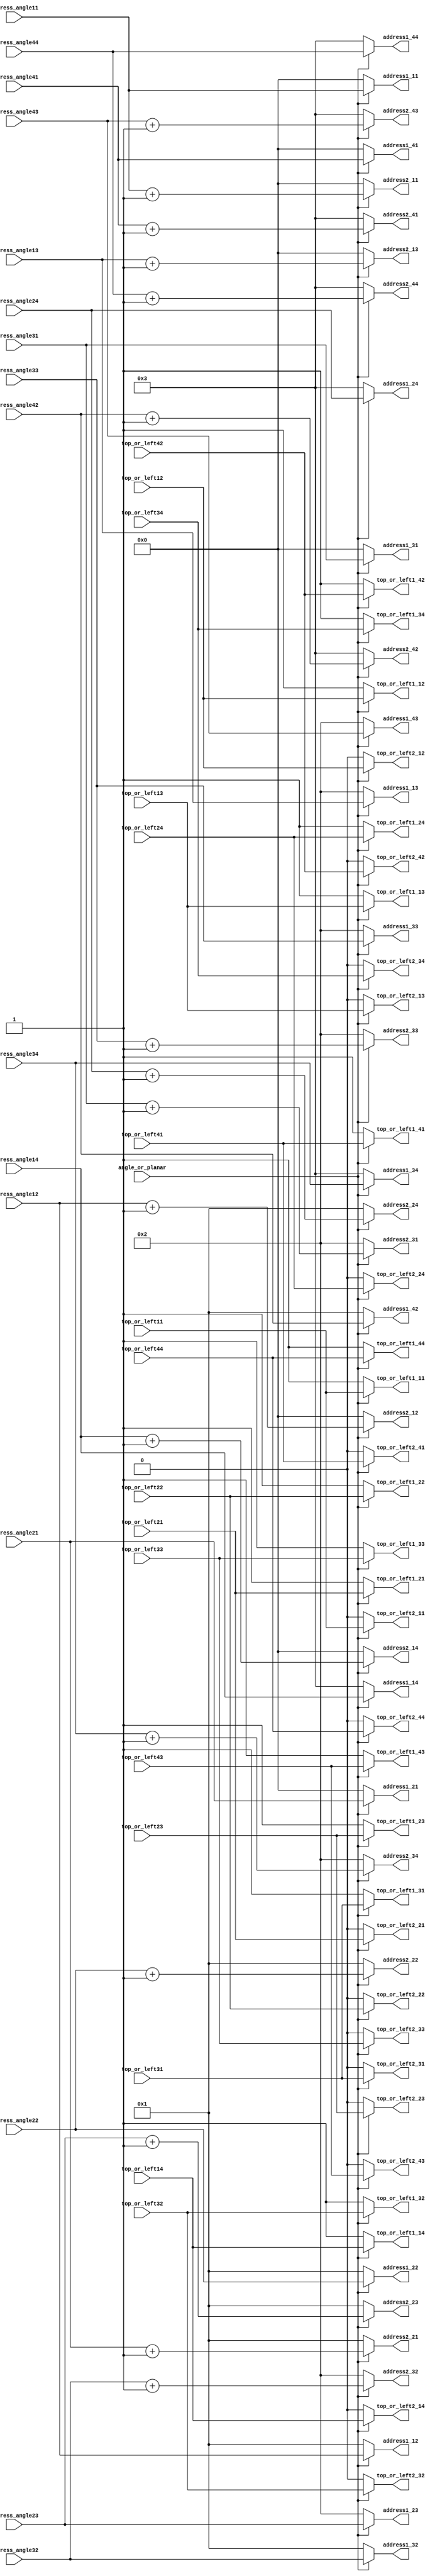
//
//Planar
//
module address_abitrate_R
(
	input angle_or_planar,
	
	input top_or_left11,
	input top_or_left12,
	input top_or_left13,
	input top_or_left14,
	input top_or_left21,
	input top_or_left22,
	input top_or_left23,
	input top_or_left24,
	input top_or_left31,
	input top_or_left32,
	input top_or_left33,
	input top_or_left34,
	input top_or_left41,
	input top_or_left42,
	input top_or_left43,
	input top_or_left44,
	
	input [7:0]	address_angle11,
	input [7:0]	address_angle12,
	input [7:0]	address_angle13,
	input [7:0]	address_angle14,
	input [7:0]	address_angle21,
	input [7:0]	address_angle22,
	input [7:0]	address_angle23,
	input [7:0]	address_angle24,
	input [7:0]	address_angle31,
	input [7:0]	address_angle32,
	input [7:0]	address_angle33,
	input [7:0]	address_angle34,
	input [7:0]	address_angle41,
	input [7:0]	address_angle42,
	input [7:0]	address_angle43,
	input [7:0]	address_angle44,
	
	output reg	top_or_left1_11,
	output reg  top_or_left1_12,
	output reg	top_or_left1_13,
	output reg	top_or_left1_14,
	output reg 	top_or_left1_21,
	output reg 	top_or_left1_22,
	output reg	top_or_left1_23,
	output reg	top_or_left1_24,
	output reg 	top_or_left1_31,
	output reg 	top_or_left1_32,
	output reg	top_or_left1_33,
	output reg	top_or_left1_34,
	output reg	top_or_left1_41,
	output reg	top_or_left1_42,
	output reg	top_or_left1_43,
	output reg	top_or_left1_44,
	
	output reg	top_or_left2_11,
	output reg	top_or_left2_12,
	output reg	top_or_left2_13,
	output reg	top_or_left2_14,
	output reg	top_or_left2_21,
	output reg	top_or_left2_22,
	output reg	top_or_left2_23,
	output reg	top_or_left2_24,
	output reg	top_or_left2_31,
	output reg	top_or_left2_32,
	output reg	top_or_left2_33,
	output reg	top_or_left2_34,
	output reg	top_or_left2_41,
	output reg	top_or_left2_42,
	output reg	top_or_left2_43,
	output reg	top_or_left2_44,
	
	output reg[7:0] address1_11,
	output reg[7:0] address1_12,
	output reg[7:0] address1_13,
	output reg[7:0] address1_14,
	output reg[7:0] address1_21,
	output reg[7:0] address1_22,
	output reg[7:0] address1_23,
	output reg[7:0] address1_24,
	output reg[7:0] address1_31,
	output reg[7:0] address1_32,
	output reg[7:0] address1_33,
	output reg[7:0] address1_34,
	output reg[7:0] address1_41,
	output reg[7:0] address1_42,
	output reg[7:0] address1_43,
	output reg[7:0] address1_44,
	
	output reg[7:0] address2_11,
	output reg[7:0] address2_12,
	output reg[7:0] address2_13,
	output reg[7:0] address2_14,
	output reg[7:0] address2_21,
	output reg[7:0] address2_22,
	output reg[7:0] address2_23,
	output reg[7:0] address2_24,
	output reg[7:0] address2_31,
	output reg[7:0] address2_32,
	output reg[7:0] address2_33,
	output reg[7:0] address2_34,
	output reg[7:0] address2_41,
	output reg[7:0] address2_42,
	output reg[7:0] address2_43,
	output reg[7:0] address2_44
);

	always @(angle_or_planar or
				top_or_left11 or top_or_left12 or top_or_left13 or top_or_left14 or 
				top_or_left21 or top_or_left22 or top_or_left23 or top_or_left24 or
				top_or_left31 or top_or_left32 or top_or_left33 or top_or_left34 or
				top_or_left41 or top_or_left42 or top_or_left43 or top_or_left44 or
				address_angle11 or address_angle12 or address_angle13 or address_angle14 or
				address_angle21 or address_angle22 or address_angle23 or address_angle24 or
				address_angle31 or address_angle32 or address_angle33 or address_angle34 or
				address_angle41 or address_angle42 or address_angle43 or address_angle44)
	begin
		if(angle_or_planar==1'b1)
		begin
			top_or_left1_11 <= top_or_left11;
			top_or_left1_12 <= top_or_left12;
			top_or_left1_13 <= top_or_left13;
			top_or_left1_14 <= top_or_left14;
			top_or_left1_21 <= top_or_left21;
			top_or_left1_22 <= top_or_left22;
			top_or_left1_23 <= top_or_left23;
			top_or_left1_24 <= top_or_left24;
			top_or_left1_31 <= top_or_left31;
			top_or_left1_32 <= top_or_left32;
			top_or_left1_33 <= top_or_left33;
			top_or_left1_34 <= top_or_left34;
			top_or_left1_41 <= top_or_left41;
			top_or_left1_42 <= top_or_left42;
			top_or_left1_43 <= top_or_left43;
			top_or_left1_44 <= top_or_left44;
			
			top_or_left2_11 <= top_or_left11;
			top_or_left2_12 <= top_or_left12;
			top_or_left2_13 <= top_or_left13;
			top_or_left2_14 <= top_or_left14;
			top_or_left2_21 <= top_or_left21;
			top_or_left2_22 <= top_or_left22;
			top_or_left2_23 <= top_or_left23;
			top_or_left2_24 <= top_or_left24;
			top_or_left2_31 <= top_or_left31;
			top_or_left2_32 <= top_or_left32;
			top_or_left2_33 <= top_or_left33;
			top_or_left2_34 <= top_or_left34;
			top_or_left2_41 <= top_or_left41;
			top_or_left2_42 <= top_or_left42;
			top_or_left2_43 <= top_or_left43;
			top_or_left2_44 <= top_or_left44;
		
			address1_11 <= address_angle11;
			address1_12 <= address_angle12;
			address1_13 <= address_angle13;
			address1_14 <= address_angle14;
			address1_21 <= address_angle21;
			address1_22 <= address_angle22;
			address1_23 <= address_angle23;
			address1_24 <= address_angle24;
			address1_31 <= address_angle31;
			address1_32 <= address_angle32;
			address1_33 <= address_angle33;
			address1_34 <= address_angle34;
			address1_41 <= address_angle41;
			address1_42 <= address_angle42;
			address1_43 <= address_angle43;
			address1_44 <= address_angle44;
			
			address2_11 <= address_angle11 + 8'd1;
			address2_12 <= address_angle12 + 8'd1;
			address2_13 <= address_angle13 + 8'd1;
			address2_14 <= address_angle14 + 8'd1;
			address2_21 <= address_angle21 + 8'd1;
			address2_22 <= address_angle22 + 8'd1;
			address2_23 <= address_angle23 + 8'd1;
			address2_24 <= address_angle24 + 8'd1;
			address2_31 <= address_angle31 + 8'd1;
			address2_32 <= address_angle32 + 8'd1;
			address2_33 <= address_angle33 + 8'd1;
			address2_34 <= address_angle34 + 8'd1;
			address2_41 <= address_angle41 + 8'd1;
			address2_42 <= address_angle42 + 8'd1;
			address2_43 <= address_angle43 + 8'd1;
			address2_44 <= address_angle44 + 8'd1;
		end
		else
		begin
			top_or_left1_11 <= 1'b1;
			top_or_left1_12 <= 1'b1;
			top_or_left1_13 <= 1'b1;
			top_or_left1_14 <= 1'b1;
			top_or_left1_21 <= 1'b1;
			top_or_left1_22 <= 1'b1;
			top_or_left1_23 <= 1'b1;
			top_or_left1_24 <= 1'b1;
			top_or_left1_31 <= 1'b1;
			top_or_left1_32 <= 1'b1;
			top_or_left1_33 <= 1'b1;
			top_or_left1_34 <= 1'b1;
			top_or_left1_41 <= 1'b1;
			top_or_left1_42 <= 1'b1;
			top_or_left1_43 <= 1'b1;
			top_or_left1_44 <= 1'b1;
			
			top_or_left2_11 <= 1'b0;
			top_or_left2_12 <= 1'b0;
			top_or_left2_13 <= 1'b0;
			top_or_left2_14 <= 1'b0;
			top_or_left2_21 <= 1'b0;
			top_or_left2_22 <= 1'b0;
			top_or_left2_23 <= 1'b0;
			top_or_left2_24 <= 1'b0;
			top_or_left2_31 <= 1'b0;
			top_or_left2_32 <= 1'b0;
			top_or_left2_33 <= 1'b0;
			top_or_left2_34 <= 1'b0;
			top_or_left2_41 <= 1'b0;
			top_or_left2_42 <= 1'b0;
			top_or_left2_43 <= 1'b0;
			top_or_left2_44 <= 1'b0;
		
			address1_11 <= 8'd0;
			address1_12 <= 8'd1;
			address1_13 <= 8'd2;
			address1_14 <= 8'd3;
			address1_21 <= 8'd0;
			address1_22 <= 8'd1;
			address1_23 <= 8'd2;
			address1_24 <= 8'd3;
			address1_31 <= 8'd0;
			address1_32 <= 8'd1;
			address1_33 <= 8'd2;
			address1_34 <= 8'd3;
			address1_41 <= 8'd0;
			address1_42 <= 8'd1;
			address1_43 <= 8'd2;
			address1_44 <= 8'd3;
			
			address2_11 <= 8'd0;
			address2_12 <= 8'd0;
			address2_13 <= 8'd0;
			address2_14 <= 8'd0;
			address2_21 <= 8'd1;
			address2_22 <= 8'd1;
			address2_23 <= 8'd1;
			address2_24 <= 8'd1;
			address2_31 <= 8'd2;
			address2_32 <= 8'd2;
			address2_33 <= 8'd2;
			address2_34 <= 8'd2;
			address2_41 <= 8'd3;
			address2_42 <= 8'd3;
			address2_43 <= 8'd3;
			address2_44 <= 8'd3;
		end
	end
	
endmodule